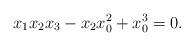
LaTeX: \begin{align*}x_1 x_2 x_3 - x_2 x_0^2 +x_0^3=0.\end{align*}